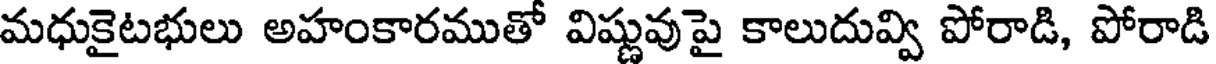
మధుకైటభులు అహంకారముతో విష్ణువుపై కాలుదువ్వి పోరాడి, పోరాడి